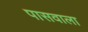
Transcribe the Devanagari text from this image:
पासवाला